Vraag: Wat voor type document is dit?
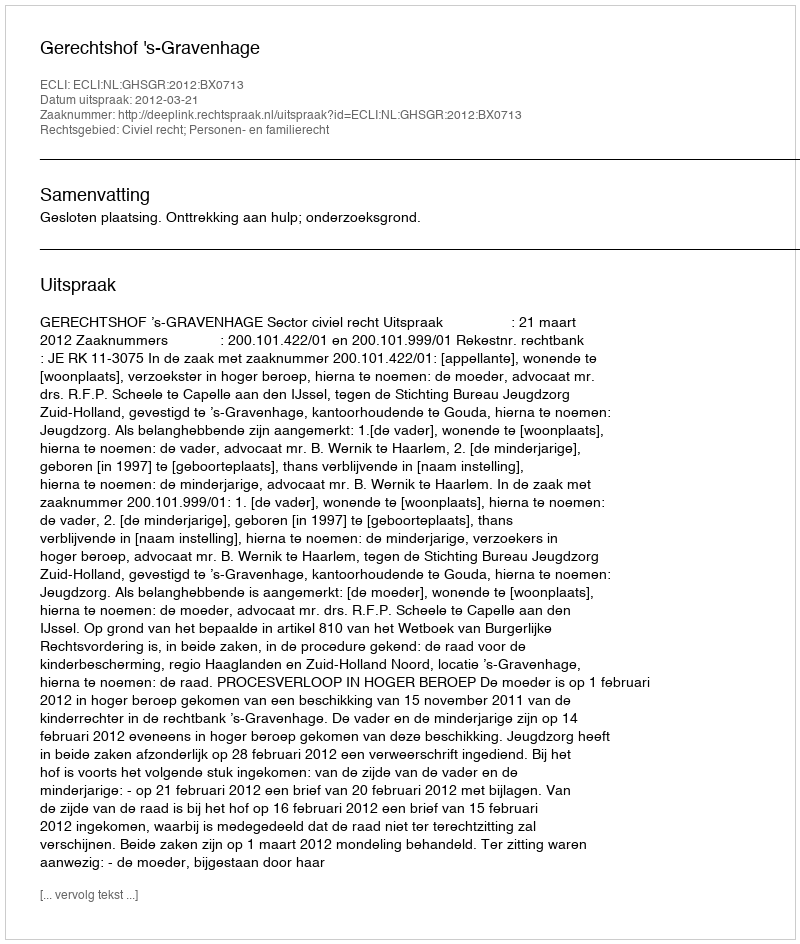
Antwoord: Uitspraak